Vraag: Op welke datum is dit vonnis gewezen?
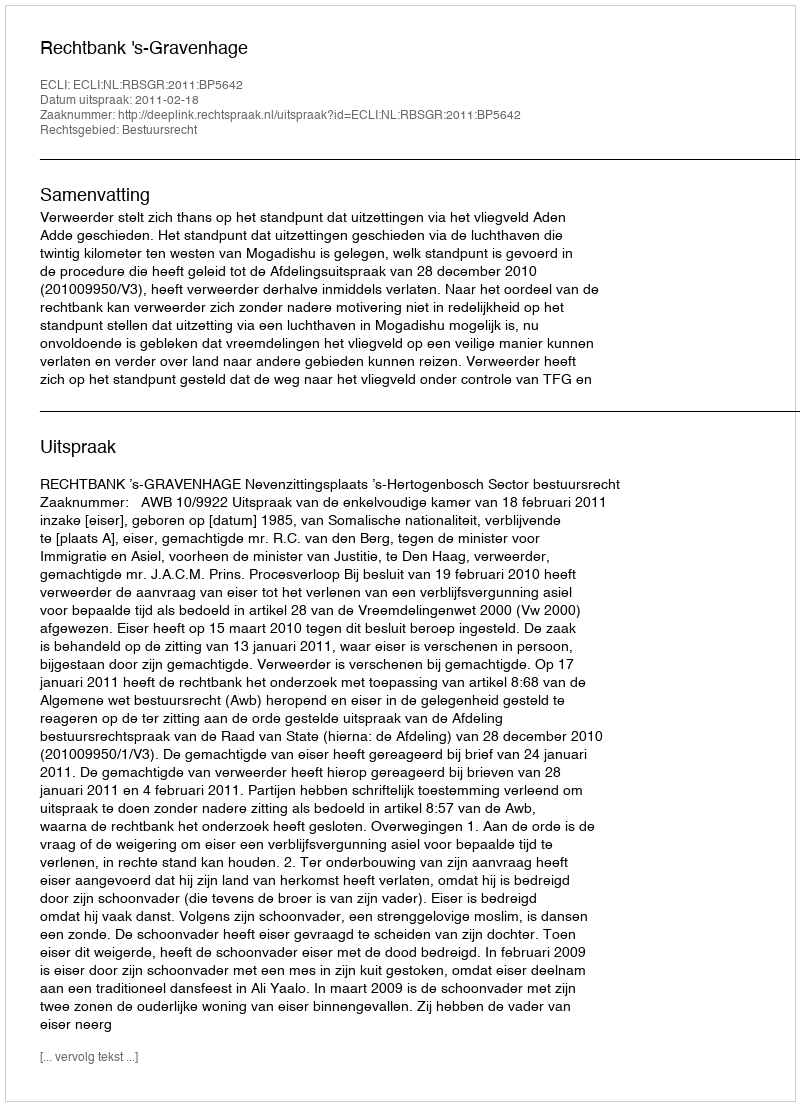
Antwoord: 2011-02-18